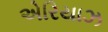
એરિયાઝ